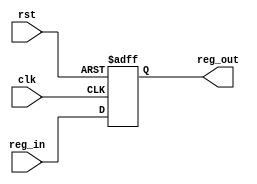
module Reg (clk, rst, reg_in, reg_out);
    input clk, rst;
    input [31:0] reg_in;
    output reg [31:0] reg_out;

  always @(posedge clk, posedge rst) begin
    if (rst) reg_out <= 0;
    else reg_out <= reg_in;
  end

endmodule